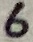
Text: 6